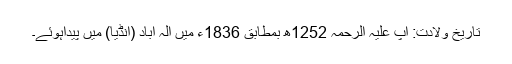
تاریخِ ولادت: آپ علیہ الرحمہ 1252ھ بمطابق 1836ء میں الہ آباد (انڈیا) میں پیداہوئے۔